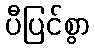
ပီပြင်စွာ